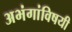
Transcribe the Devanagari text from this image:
अभंगांविषयी